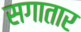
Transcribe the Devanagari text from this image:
सगातार